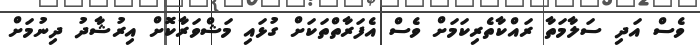
ވެސް އަދި ސަލާމަތާ ރައްކާތެރިކަމަށް ވެސް އެފަރާތްތަަކަށް ގުޅައި މަޝްވަރާކޮށް އިރުޝާދު ދިނުމަށް